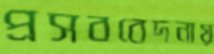
প্রসববেদনায়